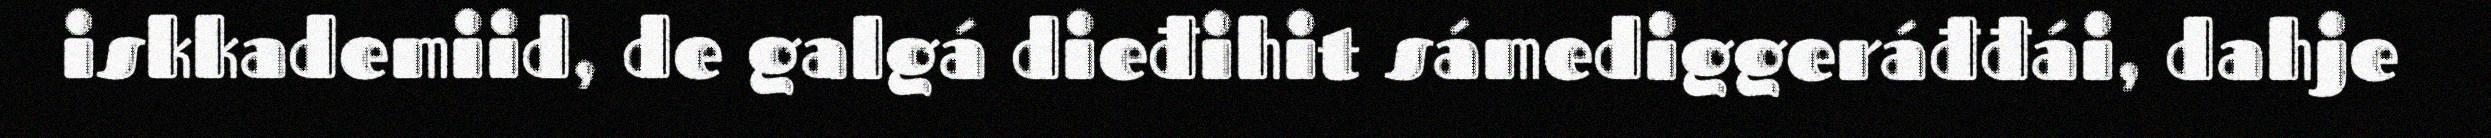
iskkademiid, de galgá dieđihit sámediggeráđđái, dahje